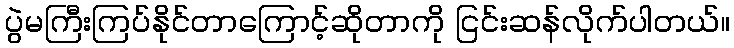
ပွဲမကြီးကြပ်နိုင်တာကြောင့်ဆိုတာကို ငြင်းဆန်လိုက်ပါတယ်။